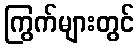
ကြွက်များတွင်